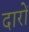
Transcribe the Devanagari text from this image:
दारों